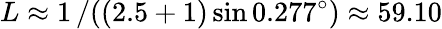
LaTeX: L\approx 1\left/\left((2.5+1)\sin 0.277^{\circ}\right)\right.\approx 59.10